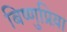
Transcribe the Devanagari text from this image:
बिष्णुप्रिय़ा